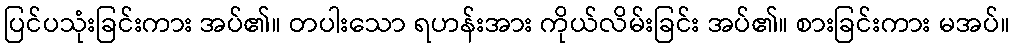
ပြင်ပသုံးခြင်းကား အပ်၏။ တပါးသော ရဟန်းအား ကိုယ်လိမ်းခြင်း အပ်၏။ စားခြင်းကား မအပ်။